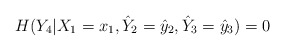
\begin{align*}H(Y_4|X_1=x_1,\hat{Y}_2=\hat{y}_2,\hat{Y}_3=\hat{y}_3)=0 \end{align*}